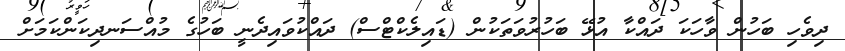
ދިވެހި ބަހުން ވާހަކަ ދައްކާ އުޅޭ ބަހުރުވަތަކުން (ޑައިލެކްޓްސް) ދައްކުވައިދެނީ ބަހުގެ މުއްސަނދިކަންކަމަށް